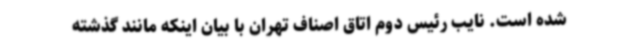
شده است. نایب رئیس دوم اتاق اصناف تهران با بیان اینکه مانند گذشته